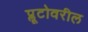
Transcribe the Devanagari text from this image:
प्लूटोवरील